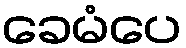
ခေမံပေ